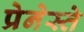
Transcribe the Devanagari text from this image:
प्रेनेस्ते